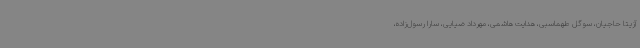
آزیتا حاجیان، سوگل طهماسبی، هدایت هاشمی، مهرداد ضیایی، سارا رسول‌زاده،